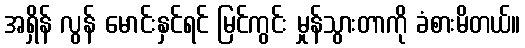
အရှိန် လွန် မောင်းနှင်ရင် မြင်ကွင်း မှုန်သွားတာကို ခံစားမိတယ်။